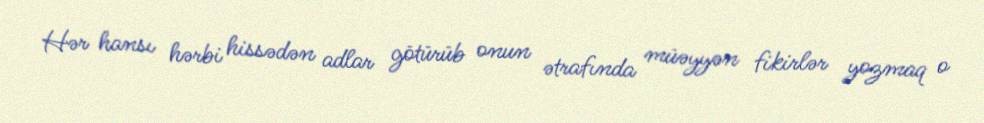
Hər hansı hərbi hissədən adlar götürüb onun ətrafında müəyyən fikirlər yozmaq o